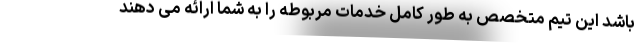
باشد این تیم متخصص به طور کامل خدمات مربوطه را به شما ارائه می دهند